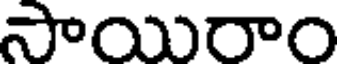
సాయిరాం